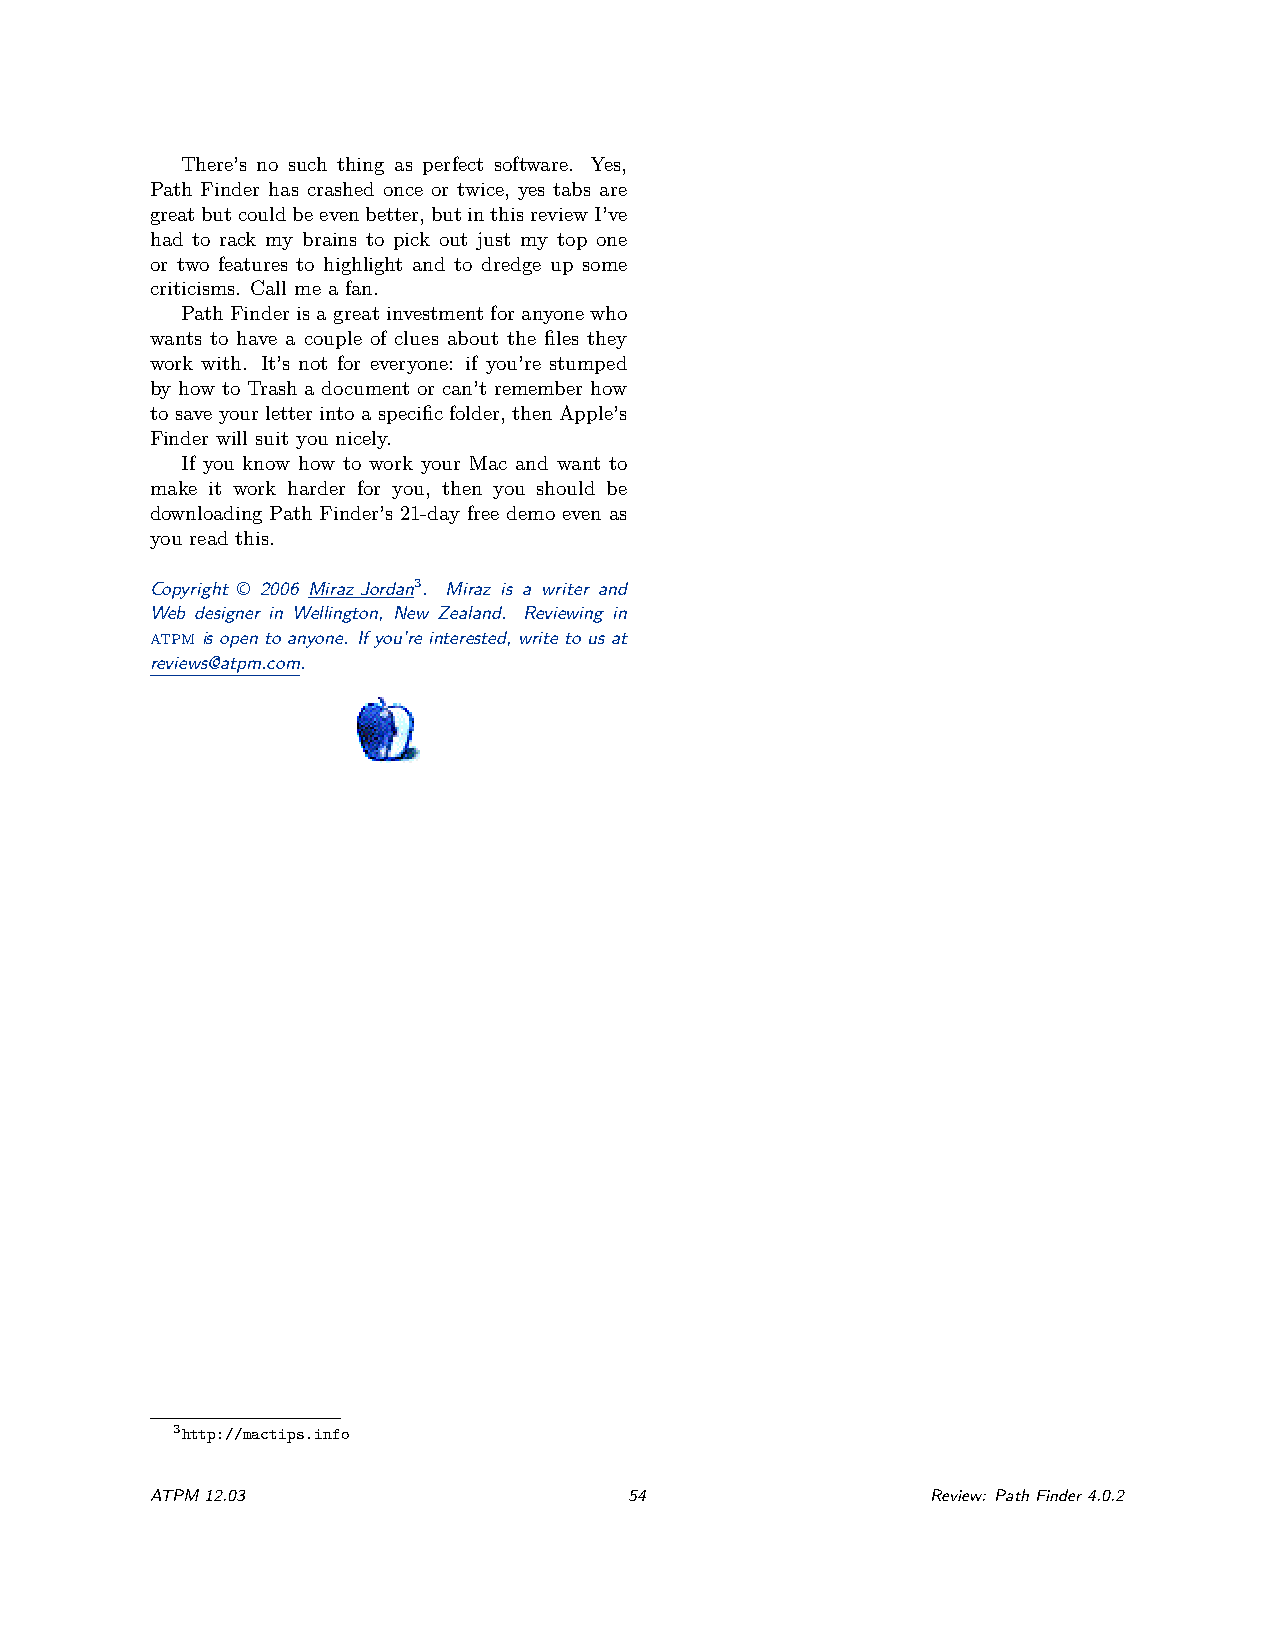
There’s no such thing as perfect software. Yes,
 Path Finder has crashed once or twice, yes tabs are
 greatbutcouldbeevenbetter,butinthisreviewI’ve
 had to rack my brains to pick out just my top one
 or two features to highlight and to dredge up some
 criticisms. Call me a fan.
 PathFinderisagreatinvestmentforanyonewho
 wants to have a couple of clues about the files they
 work with. It’s not for everyone: if you’re stumped
 by how to Trash a document or can’t remember how
 tosaveyourletterintoaspecific folder, thenApple’s
 Finder will suit you nicely.
 If you know how to work your Mac and want to
 make it work harder for you, then you should be
 downloading Path Finder’s 21-day free demo even as
 you read this.
 Copyright © 2006 Miraz Jordan3. Miraz is a writer and
 Web designer in Wellington, New Zealand. Reviewing in
 atpm is open to anyone. If you’re interested, write to us at
 reviews@atpm.com.
 3http://mactips.info
 ATPM12.03                       54                  Review: PathFinder4.0.2